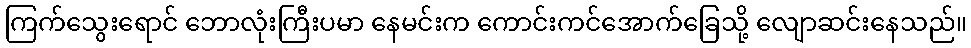
ကြက်သွေးရောင် ဘောလုံးကြီးပမာ နေမင်းက ကောင်းကင်အောက်ခြေသို့ လျောဆင်းနေသည်။